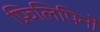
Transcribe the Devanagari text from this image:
फ़िलिपिनो